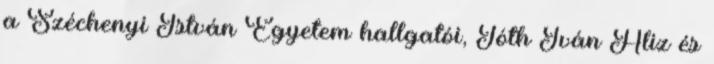
a Széchenyi István Egyetem hallgatói, Tóth Iván Aliz és